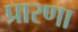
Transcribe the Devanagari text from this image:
प्रारणा